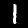
Label: 1